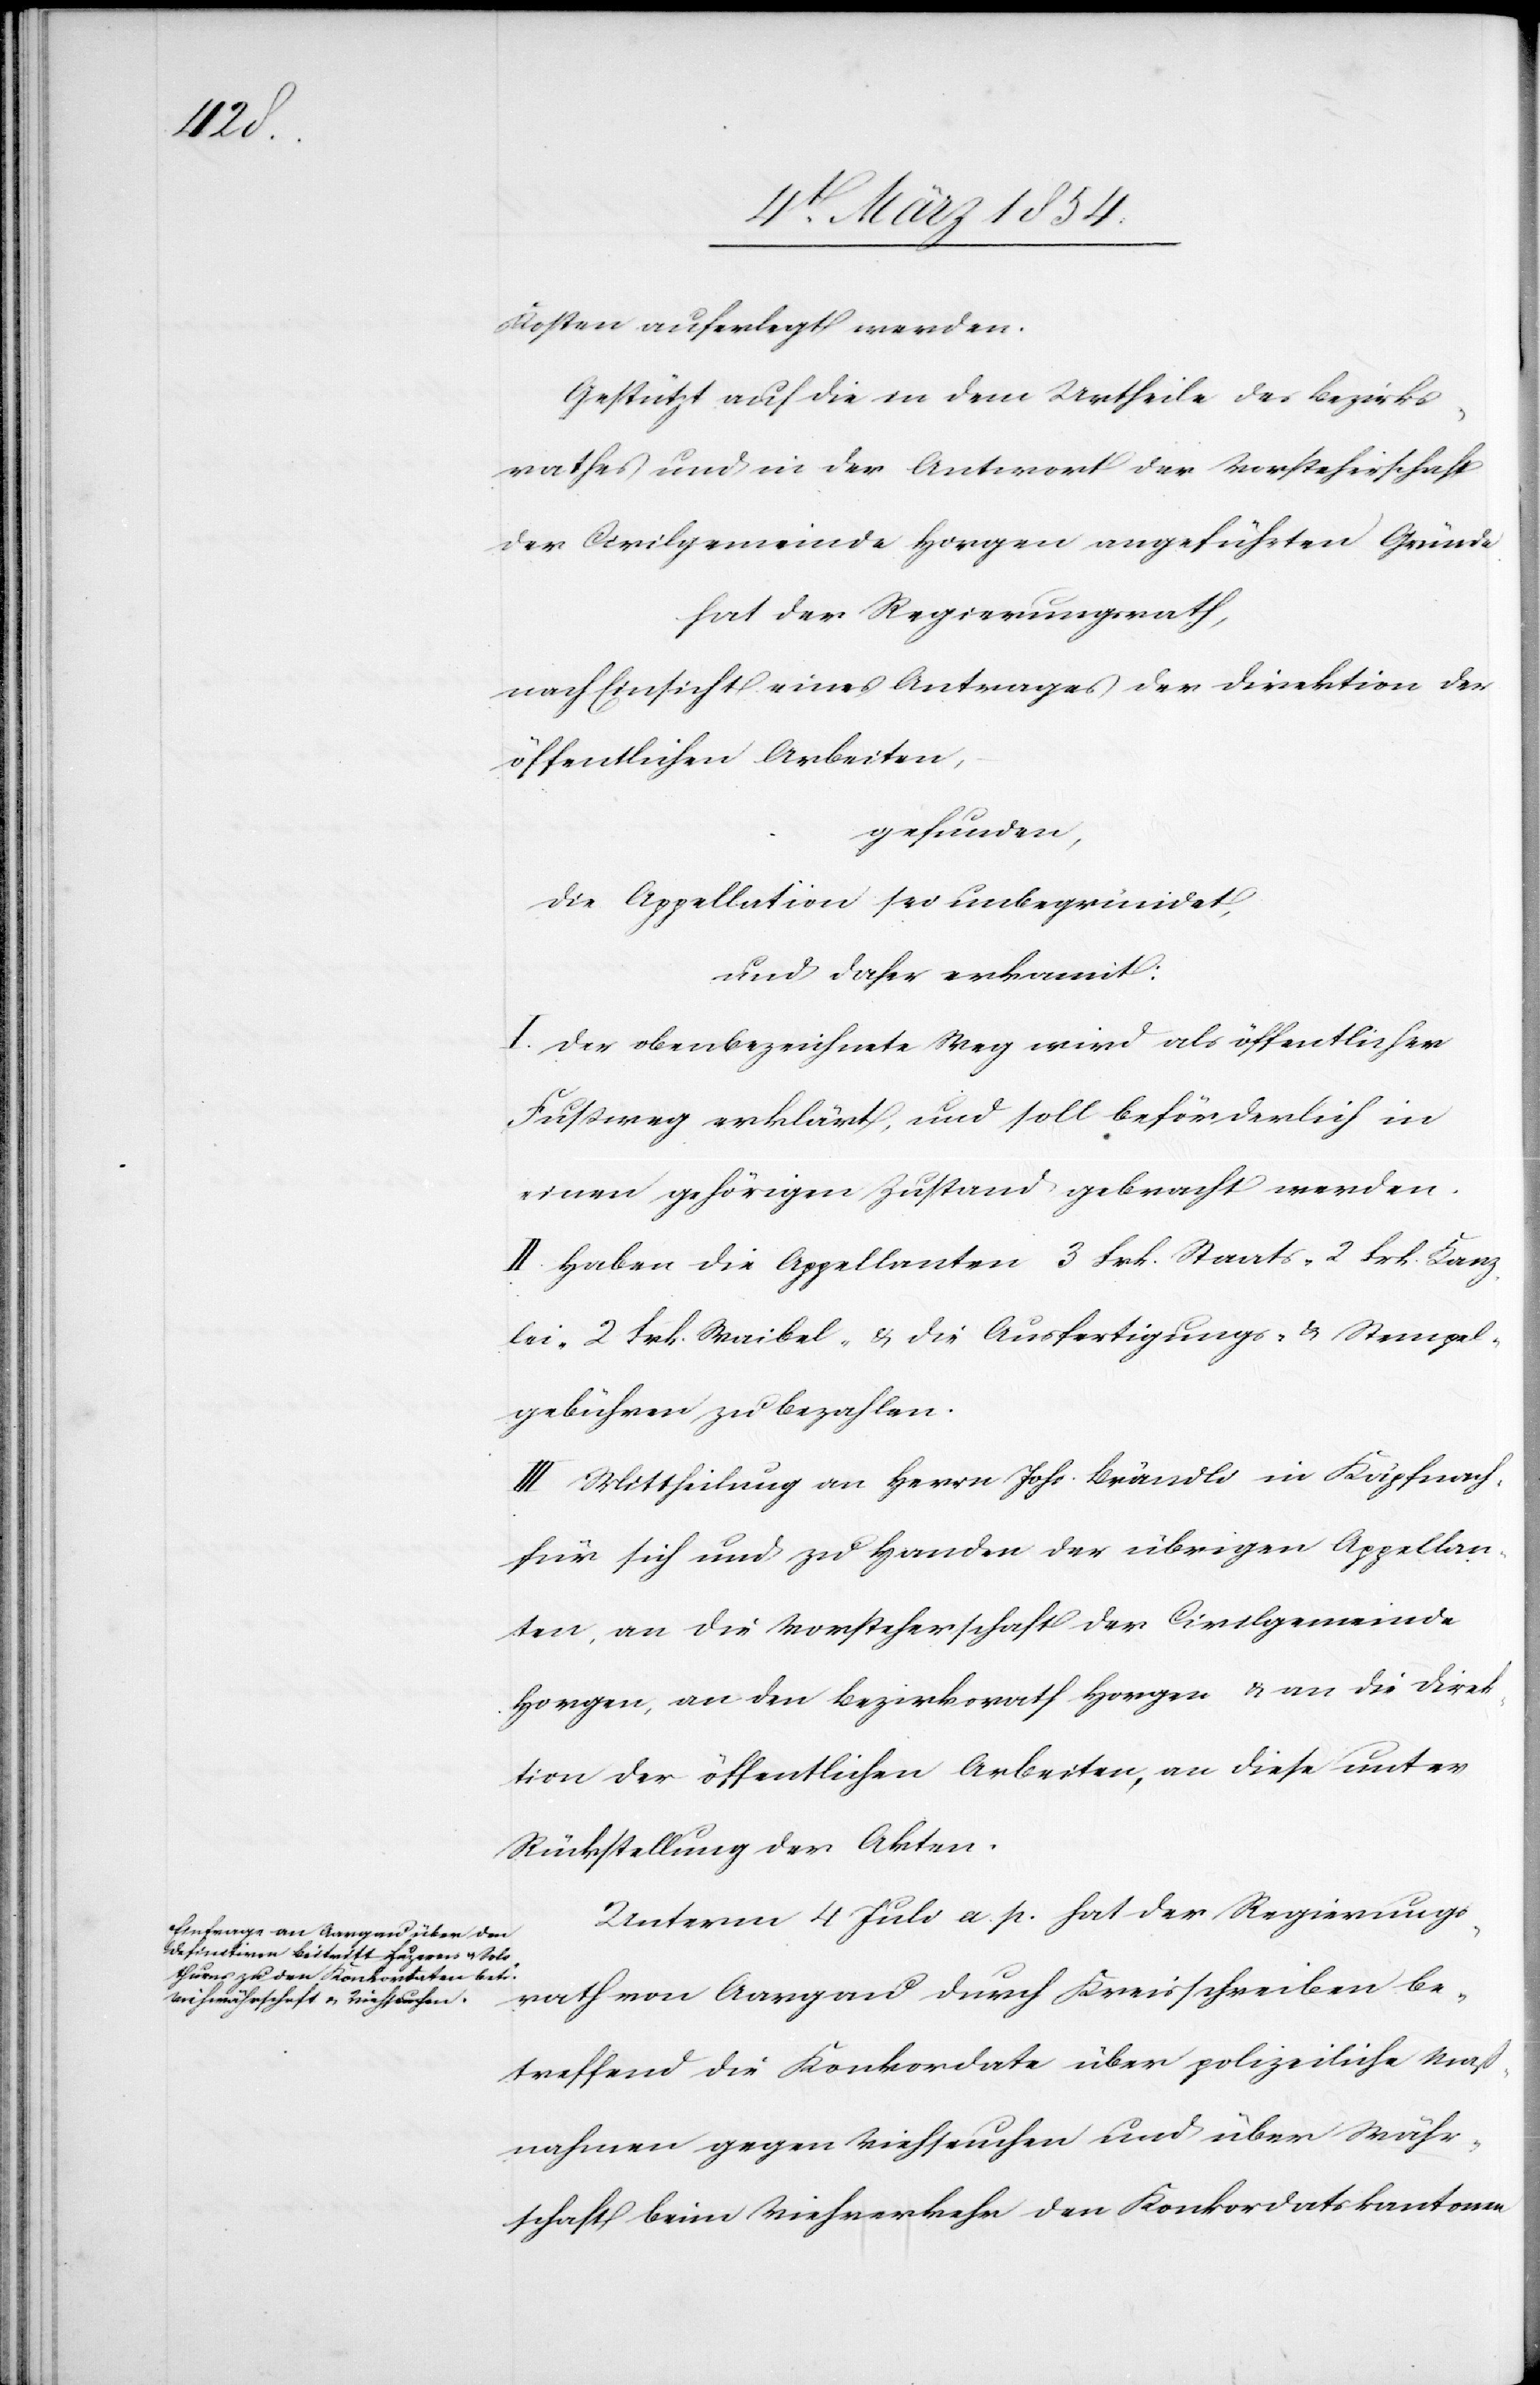
Kosten auferlegt werden.
Gestützt auf die in dem Urtheile des Bezirks¬
rathes und in der Antwort der Vorsteherschaft
der Civilgemeinde Horgen angeführten Gründe
hat der Regierungsrath,
nach Einsicht eines Antrages der Direktion der
öffentlichen Arbeiten,
gefunden,
die Appellation sei unbegründet,
und daher erkannt:
I. Der obenbezeichnete Weg wird als öffentlicher
Fußweg erklärt, und soll beförderlich in
einen gehörigen Zustand gebracht werden.
II. Haben die Appellanten 3 Frk. Staats-[,] 2 Frk. Kanz¬
lei-[,] 2 Frk. Waibel- & die Ausfertigungs- & Stempel¬
gebühren zu bezahlen.
III. Mittheilung an Herrn Johs. Brändli in Käpfnach,
für sich und zu Handen der übrigen Appellan¬
ten, an die Vorsteherschaft der Civilgemeinde
Horgen, an den Bezirksrath Horgen & an die Direk¬
tion der öffentlichen Arbeiten, an diese unter
Rückstellung der Akten.
Unterm 4 Juli a. p. hat der Regierungs¬
rath von Aargau durch Kreisschreiben be¬
treffend die Konkordate über polizeiliche Maß¬
nahmen gegen Viehseuchen und über Währ¬
schaft beim Viehverkehr den Konkordatskantonen